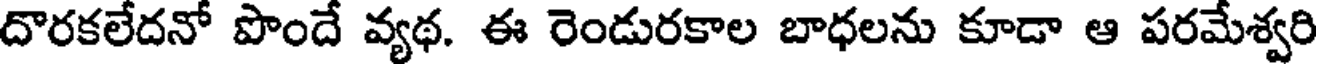
దొరకలేదనో పొందే వ్యథ. ఈ రెండురకాల బాధలను కూడా ఆ పరమేశ్వరి